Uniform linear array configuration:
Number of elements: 8
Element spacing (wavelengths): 0.75
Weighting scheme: uniform
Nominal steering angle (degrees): -30
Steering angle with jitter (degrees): -28.027
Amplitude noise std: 0.05
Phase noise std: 0.05

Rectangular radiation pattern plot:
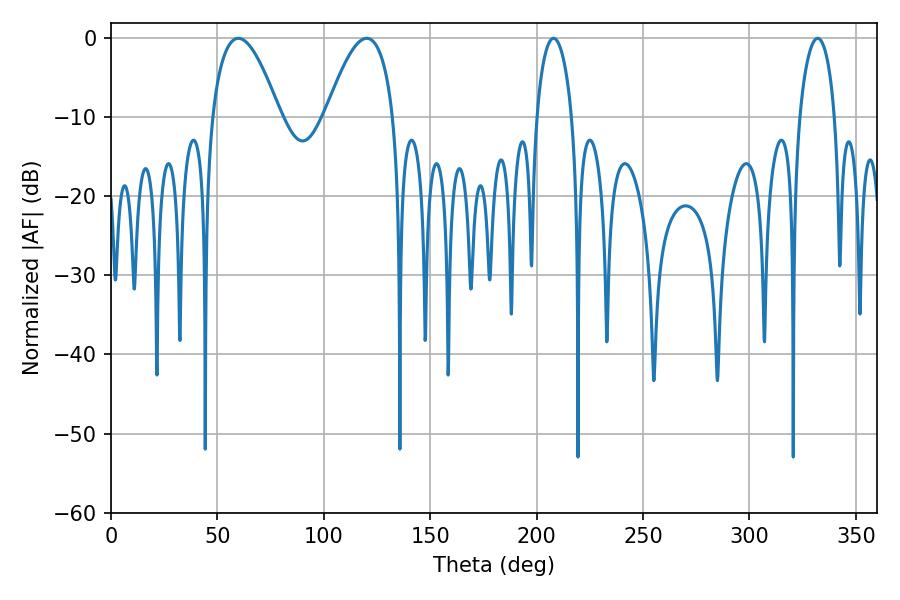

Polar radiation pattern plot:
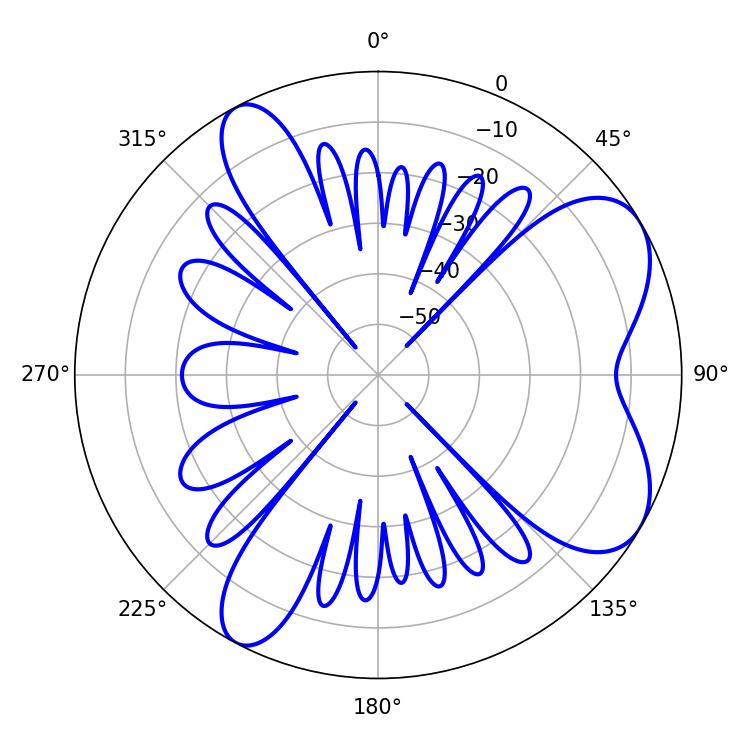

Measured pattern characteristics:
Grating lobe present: TRUE
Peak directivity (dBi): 6.842
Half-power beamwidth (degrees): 17.46
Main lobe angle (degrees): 59.76